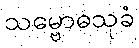
သမ္ဗောဓသုခံ